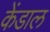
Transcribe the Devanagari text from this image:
केंडाल